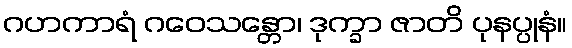
ဂဟကာရံ ဂဝေသန္တော၊ ဒုက္ခာ ဇာတိ ပုနပ္ပုနံ။